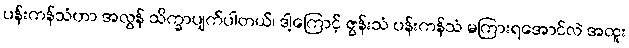
ပန်းကန်သံဟာ အလွန် သိက္ခာပျက်ပါတယ်၊ ဒါ့ကြောင့် ဇွန်းသံ ပန်းကန်သံ မကြားရအောင်လဲ အထူး